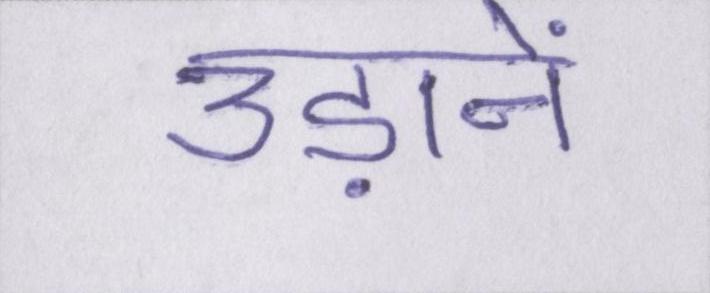
उड़ानें